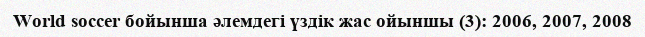
World soccer бойынша әлемдегі үздік жас ойыншы (3): 2006, 2007, 2008